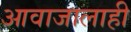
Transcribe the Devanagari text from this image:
आवाजालाही